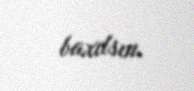
baxılsın.